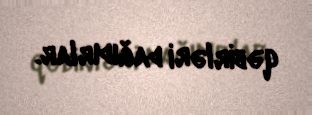
qəbirləri dağıdırlar.